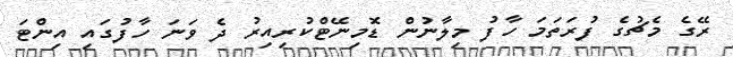
ރޭގެ މެޗުގެ ފުރަތަމަ ހާފު މިލާނުން ޑޮމިނޭޓްކުރިއިރު ދެ ވަނަ ހާފުގައި އިންޓަ